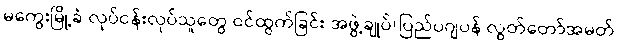
မကွေးမြို့ခံ လုပ်ငန်းလုပ်သူတွေ ဝင်ထွက်ခြင်း အဖွဲ့ချုပ်(ပြည်ပဂျပန် လွတ်တော်အမတ်